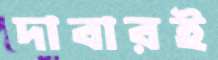
দাবারই